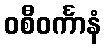
ဝစီဝင်္ကာနံ